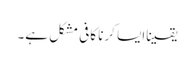
یقیناایسا کرنا کافی مشکل ہے۔